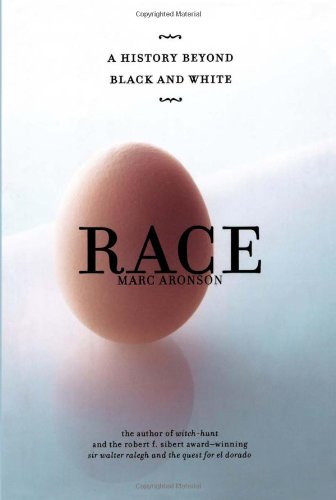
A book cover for Race: A History Beyond Black and White; Marc Aronson; Teen & Young Adult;